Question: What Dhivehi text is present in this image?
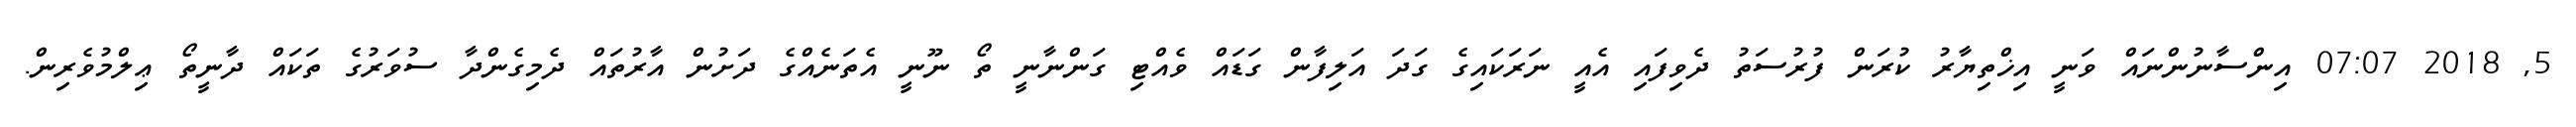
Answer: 5, 2018 07:07 އިންސާނުންނައް ވަނީ އިޚްތިޔާރު ކުރަން ފުރުސަތު ދެވިފައި އެއީ ނަރަކައިގެ ގަދަ އަލިފާން ގަޑައް ވެއްޓި ގަންނާނީ ތޯ ނޫނީ އެތަނެއްގެ ދަށުން އާރުތައް ދެމިގެންދާ ސުވަރުގެ ތަކައް ދާނީތޯ ޢިލްމުވެރިން.